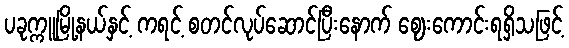
ပခုက္ကူမြို့နယ်နှင့် ကရင့် စတင်လုပ်ဆောင်ပြီးနောက် ဈေးကောင်းရရှိသဖြင့်